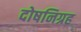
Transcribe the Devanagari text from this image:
दोषनिग्रह